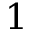
1